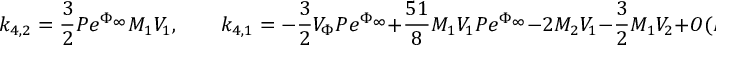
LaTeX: k _ { 4 , 2 } = \frac { 3 } { 2 } P e ^ { \Phi _ { \infty } } M _ { 1 } V _ { 1 } , \qquad k _ { 4 , 1 } = - \frac { 3 } { 2 } V _ { \Phi } P e ^ { \Phi _ { \infty } } + \frac { 5 1 } { 8 } M _ { 1 } V _ { 1 } P e ^ { \Phi _ { \infty } } - 2 M _ { 2 } V _ { 1 } - \frac { 3 } { 2 } M _ { 1 } V _ { 2 } + O ( M _ { i } ^ { 4 } ) , \, [ 2 m m ]